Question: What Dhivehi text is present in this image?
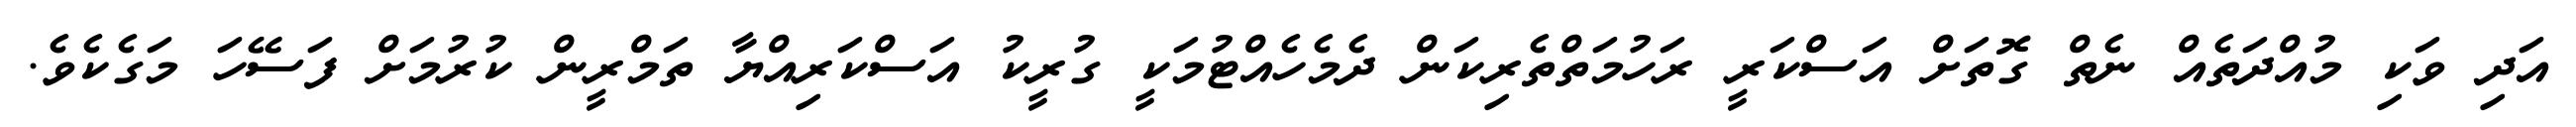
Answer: އަދި ވަކި މުއްދަތެއް ނެތް ގޮތަށް އަސްކަރީ ރަހުމަތްތެރިކަން ދެމެހެއްޓުމަކީ ގުރީކު އަސްކަރިއްޔާ ތަމްރީން ކުރުމަށް ފަސޭހަ މަގެކެވެ.